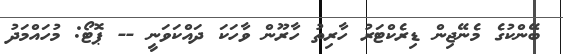
ބޭންކުގެ މެނޭޖިން ޑިރެކްޓަރު ހާރިތު ހާރޫން ވާހަކަ ދައްކަވަނީ -- ޕޮޓޯ: މުހައްމަދު